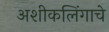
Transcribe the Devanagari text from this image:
अशीकलिंगाचे